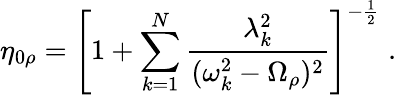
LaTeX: \eta_{0\rho}=\left[1+\sum_{k=1}^{N}\frac{\lambda_{k}^{2}}{(\omega_{k}^{2}-\Omega_{\rho})^{2}}\right]^{-\frac{1}{2}}\; .